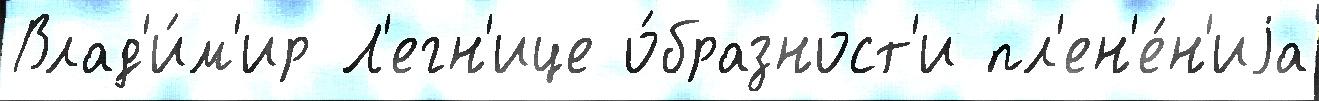
Влад'и́м'ир Л'егн'ице о́бразност'и пл'ен'е́н'иjа